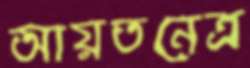
আয়তনেত্র